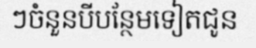
ៗចំនួនបីបន្ថែមទៀតជូន